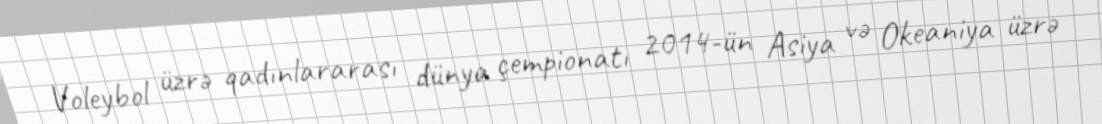
Voleybol üzrə qadınlararası dünya çempionatı 2014-ün Asiya və Okeaniya üzrə